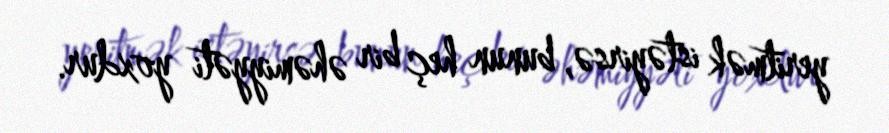
yeritmək istəyirsə, bunun heç bir əhəmiyyəti yoxdur.